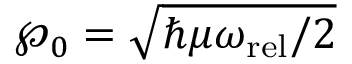
\wp _ { 0 } = \sqrt { \hbar \mu \omega _ { \mathrm { r e l } } / 2 }